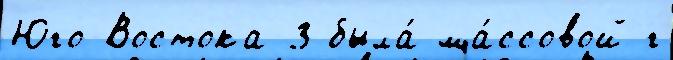
Юго-Востока-3 была́ ма́ссовой г